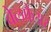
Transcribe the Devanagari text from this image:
वेलफेअर